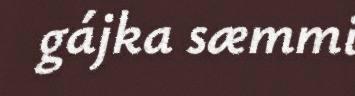
gájka sæmmi